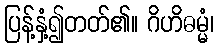
ပြန့်နှံ့၍တတ်၏။ ဂိဟိဓမ္မံ၊